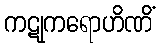
ကဋုကရောဟိဏိံ